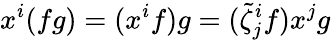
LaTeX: x^{i}(fg)=(x^{i}f)g=(\tilde{\zeta}_{j}^{i}f)x^{j}g